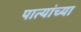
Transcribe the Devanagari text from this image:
पात्यांच्या